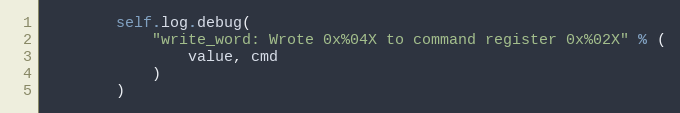
Language: Python
        self.log.debug(
            "write_word: Wrote 0x%04X to command register 0x%02X" % (
                value, cmd
            )
        )